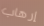
إرهاب